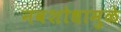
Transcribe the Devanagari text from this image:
नवशोधामुळे